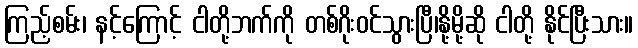
ကြည့်စမ်း၊ နင့်ကြောင့် ငါတို့ဘက်ကို တစ်ဂိုးဝင်သွားပြီ၊နို့မို့ဆို ငါတို့ နိုင်ပြီးသား။